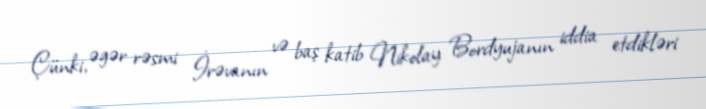
Çünki, əgər rəsmi İrəvanın və baş katib Nikolay Bordyujanın iddia etdikləri